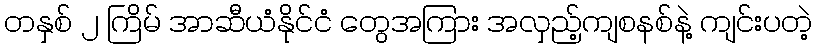
တနှစ် ၂ ကြိမ် အာဆီယံနိုင်ငံ တွေအကြား အလှည့်ကျစနစ်နဲ့ ကျင်းပတဲ့